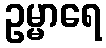
ဥမ္မာရေ